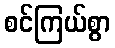
စင်ကြယ်စွာ